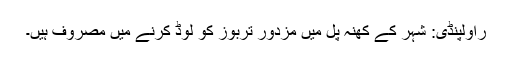
راولپنڈی: شہر کے کھنہ پُل میں مزدور تربوز کو لوڈ کرنے میں مصروف ہیں۔